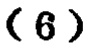
-6